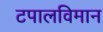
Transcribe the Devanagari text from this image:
टपालविमान